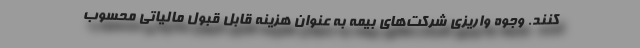
کنند. وجوه واریزی شرکت‌های بیمه به عنوان هزینه قابل قبول مالیاتی محسوب